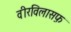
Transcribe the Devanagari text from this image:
वीरविलासफ़